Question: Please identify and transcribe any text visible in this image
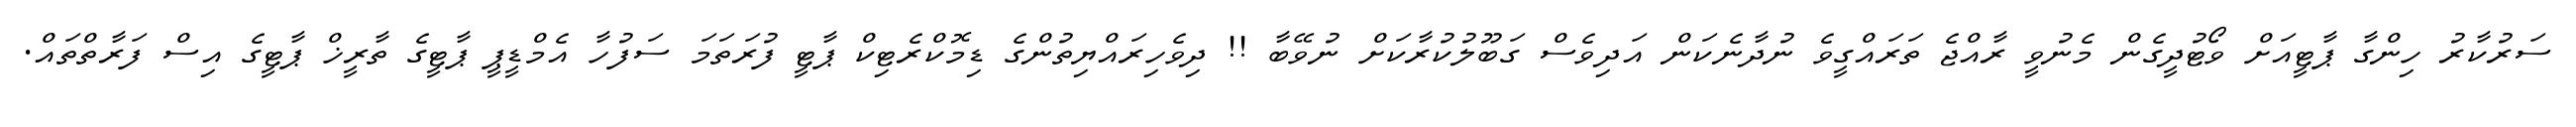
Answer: ސަރުކާރު ހިންގާ ޕާޓީއަށް ވޯޓުދީގެން މެނުވީ ރާއްޖެ ތަރައްގީވެ ނުދާނެކަން އަދިވެސް ގަބޫލުކުރާކަށް ނުވޭބާ !! ދިވެހިރައްޔިތުންގެ ޑިމޮކްރެޓިކް ޕާޓީ ފުރަތަމަ ސަފުހާ އެމްޑީޕީ ޕާޓީގެ ތާރީޚް ޕާޓީގެ އިސް ފަރާތްތައް.